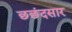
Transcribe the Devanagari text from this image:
छछंदसार